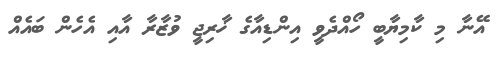
އޭނާ މި ކާމިޔާބީ ހޯއްދެވީ އިންޑިއާގެ ޚާރިޖީ ވުޒާރާ އާއި އެހެން ބައެއް